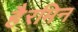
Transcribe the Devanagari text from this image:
हैरमिन